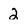
Character: 2